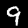
Digit: 9